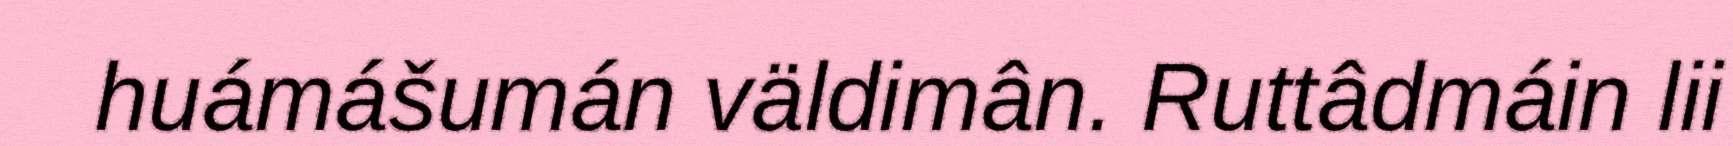
huámášumán väldimân. Ruttâdmáin lii